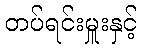
တပ်ရင်းမှူးနှင့်